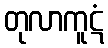
တုလာကူဋံ